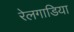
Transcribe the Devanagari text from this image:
रेलगाडिया